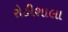
રોહીશાલા